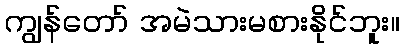
ကျွန်တော် အမဲသားမစားနိုင်ဘူး။